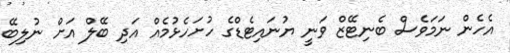
އެހެން ނަމަވެސް ބެނިޓޭޒް ވަނީ ޔުނައިޓެޑްގެ ހުށަހެޅުމެއް އަދި ބޭލް އަށް ނުލިބޭ